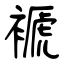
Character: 褫